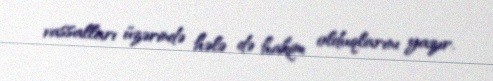
vassalları üzərində hələ də hakim olduqlarını yazır.